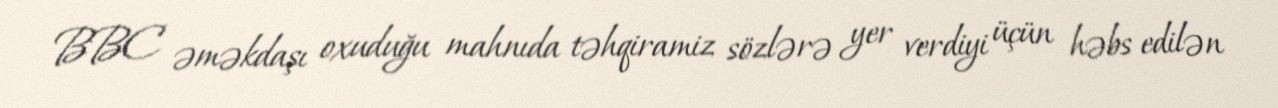
BBC əməkdaşı oxuduğu mahnıda təhqiramiz sözlərə yer verdiyi üçün həbs edilən